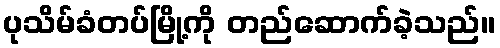
ပုသိမ်ခံတပ်မြို့ကို တည်ဆောက်ခဲ့သည်။